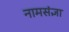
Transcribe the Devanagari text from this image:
नामसंज्ञा